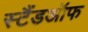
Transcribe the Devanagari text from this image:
स्टैंडऑफ